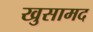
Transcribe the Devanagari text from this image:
खुसामद